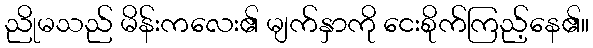
ညိုမသည် မိန်းကလေး၏ မျက်နှာကို ငေးစိုက်ကြည့်နေ၏။